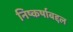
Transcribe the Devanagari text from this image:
निष्कर्षाबद्दल